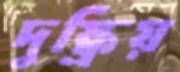
দুষ্ক্রিয়